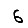
Digit: 6